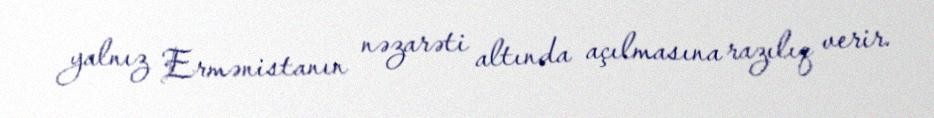
yalnız Ermənistanın nəzarəti altında açılmasına razılıq verir.